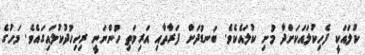
ކުލައަކީ ފެހިކުލައަކަށްދާ މުށި ކުލައެކެވެ. ބަނޑުދަށް ފަރާތާއި އަރިމަތި ހުންނަނީ ރިހިހުދުކުލައިގައެވެ. މަހުގެ